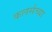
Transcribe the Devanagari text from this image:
कलर्सच्या